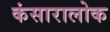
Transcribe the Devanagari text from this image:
कंसारालोक